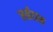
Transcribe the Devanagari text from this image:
रुईदास